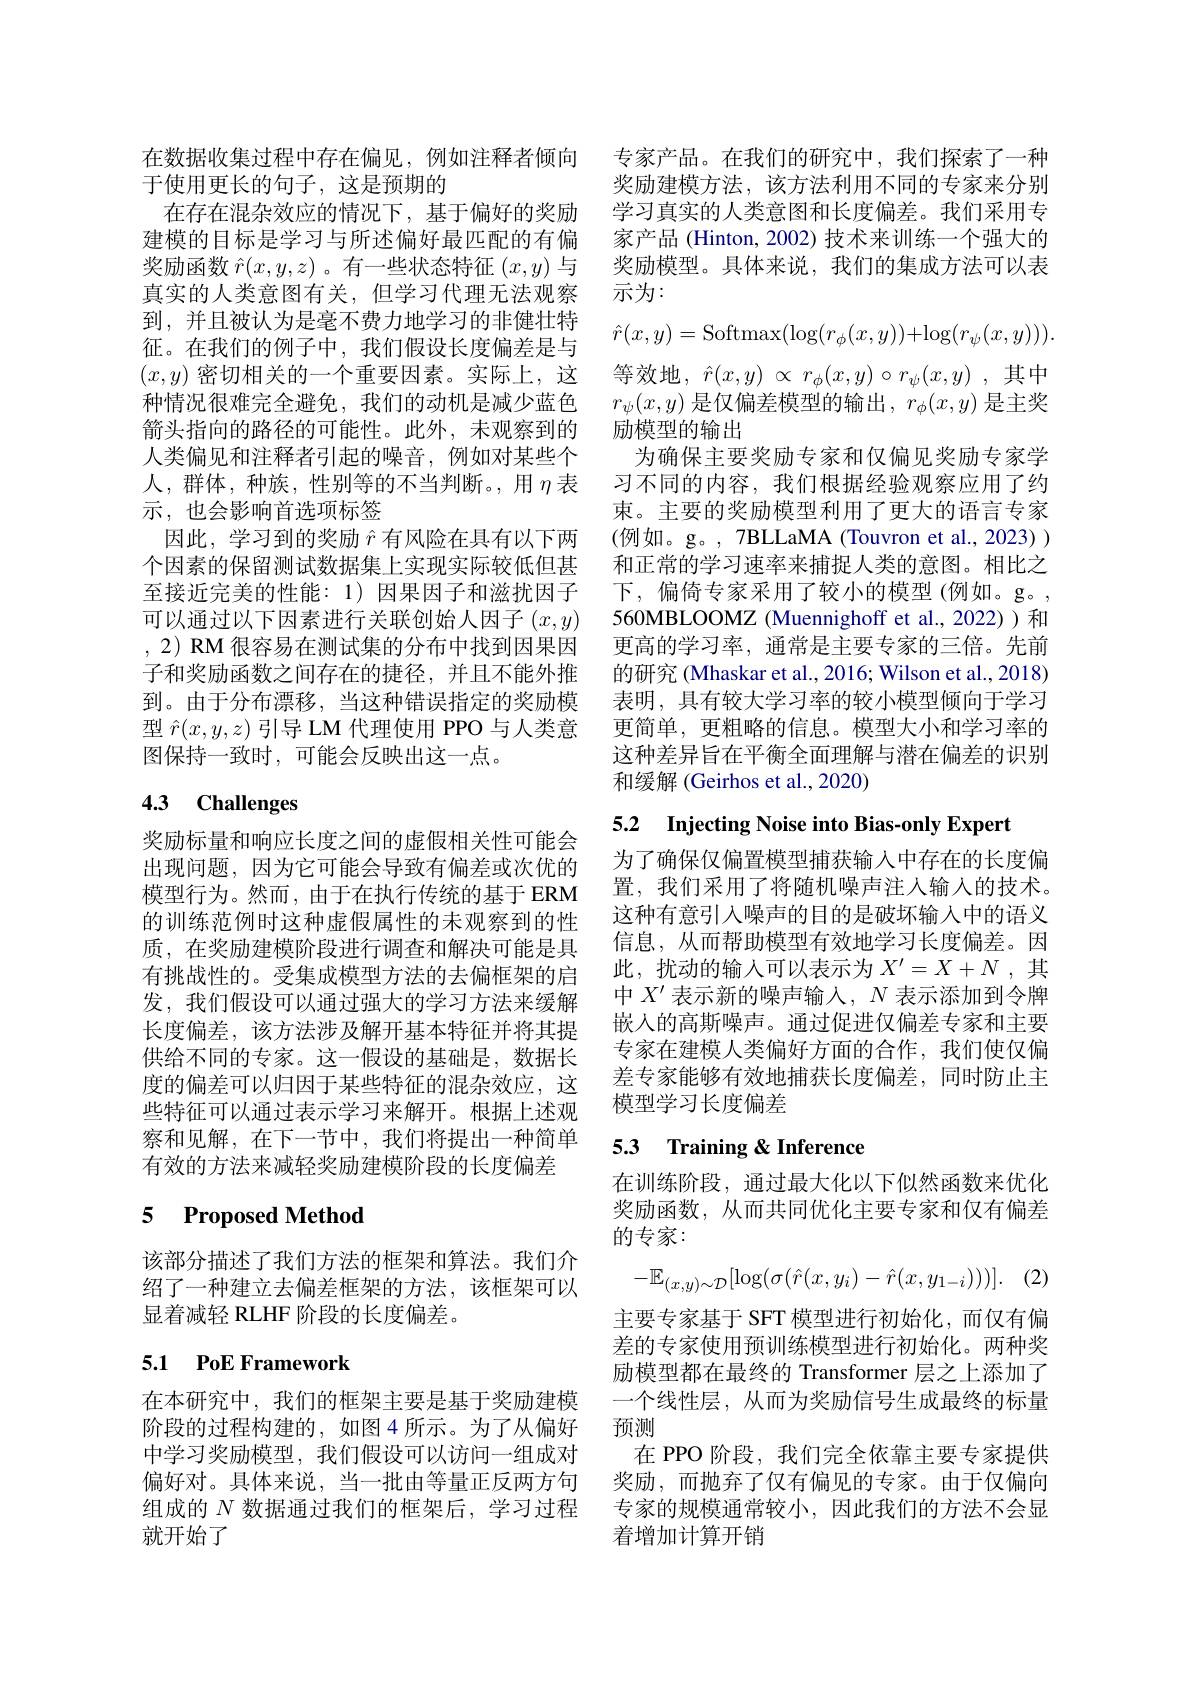
在数据收集过程中存在偏见，例如注释者倾向
于使用更长的句子，这是预期的
在存在混杂效应的情况下，基于偏好的奖励建模的目标是学习与所述偏好最匹配的有偏奖励函数$\hat{r}(x,y,z)$ 。有一些状态特征$(x,y)$与真实的人类意图有关，但学习代理无法观察到，并且被认为是毫不费力地学习的非健壮特征。在我们的例子中，我们假设长度偏差是与$(x,y)$密切相关的一个重要因素。实际上，这种情况很难完全避免，我们的动机是减少蓝色箭头指向的路径的可能性。此外，未观察到的人类偏见和注释者引起的噪音，例如对某些个人，群体，种族，性别等的不当判断。,用$\eta$表示，也会影响首选项标签
因此，学习到的奖励$\hat{r}$有风险在具有以下两个因素的保留测试数据集上实现实际较低但甚至接近完美的性能：1) 因果因子和滋扰因子可以通过以下因素进行关联创始人因子$(x,y)$ ,2) RM 很容易在测试集的分布中找到因果因子和奖励函数之间存在的捷径，并且不能外推到。由于分布漂移，当这种错误指定的奖励模型$\hat{r}(x,y,z)$引导 LM 代理使用 PPO 与人类意图保持一致时，可能会反映出这一点。

# 4.3 Challenges

奖励标量和响应长度之间的虚假相关性可能会出现问题，因为它可能会导致有偏差或次优的模型行为。然而，由于在执行传统的基于 ERM 的训练范例时这种虚假属性的未观察到的性质，在奖励建模阶段进行调查和解决可能是具有挑战性的。受集成模型方法的去偏框架的启发，我们假设可以通过强大的学习方法来缓解长度偏差，该方法涉及解开基本特征并将其提供给不同的专家。这一假设的基础是，数据长度的偏差可以归因于某些特征的混杂效应，这些特征可以通过表示学习来解开。根据上述观察和见解，在下一节中，我们将提出一种简单有效的方法来减轻奖励建模阶段的长度偏差

# 5 Proposed Method

该部分描述了我们方法的框架和算法。我们介绍了一种建立去偏差框架的方法，该框架可以显着减轻 RLHF 阶段的长度偏差。

## 5.1 PoE Framework

在本研究中，我们的框架主要是基于奖励建模阶段的过程构建的，如图 4 所示。为了从偏好中学习奖励模型，我们假设可以访问一组成对组成的$N$数据通过我们的框架后，学习过程就开始了

专家产品。在我们的研究中，我们探索了一种奖励建模方法，该方法利用不同的专家来分别学习真实的人类意图和长度偏差。我们采用专家产品 (Hinton, 2002) 技术来训练一个强大的奖励模型。具体来说，我们的集成方法可以表示为：
$$\hat{r}(x,y)=\mathrm{Softmax}(\log(r_{\phi}(x,y))+\log(r_{\psi}(x,y))).$$
等效地，$\hat{r}(x,y)\propto r_\phi(x,y)\circ r_\psi(x,y)$ ,其中$r_\psi(x,y)$是仅偏差模型的输出，$r_\phi(x,y)$是主奖励模型的输出
为确保主要奖励专家和仅偏见奖励专家学习不同的内容，我们根据经验观察应用了约束。主要的奖励模型利用了更大的语言专家(例如。g。, 7BLLaMA (Touvron et al., 2023) ) 和正常的学习速率来捕捉人类的意图。相比之下，偏倚专家采用了较小的模型(例如。g。, 560MBLOOMZ (Muennighoff et al.,2022))和更高的学习率，通常是主要专家的三倍。先前的研究 (Mhaskar et al., 2016; Wilson et al., 2018) 表明，具有较大学习率的较小模型倾向于学习更简单，更粗略的信息。模型大小和学习率的这种差异旨在平衡全面理解与潜在偏差的识别和缓解 (Geirhos et al., 2020)

5.2 Injecting Noise into Bias-only Expert

为了确保仅偏置模型捕获输入中存在的长度偏置，我们采用了将随机噪声注人输入的技术。这种有意引入噪声的目的是破坏输入中的语义信息，从而帮助模型有效地学习长度偏差。因此，扰动的输人可以表示为$X^\prime=X+N$ ,其中$X^{\prime}$表示新的噪声输入，$N$表示添加到令牌嵌入的高斯噪声。通过促进仅偏差专家和主要专家在建模人类偏好方面的合作，我们使仅偏差专家能够有效地捕获长度偏差，同时防止主模型学习长度偏差

## 5.3 Training & Inference

在训练阶段，通过最大化以下似然函数来优化奖励函数，从而共同优化主要专家和仅有偏差的专家：
$$-\mathbb{E}_{(x,y)\sim\mathcal{D}}[\log(\sigma(\hat{r}(x,y_i)-\hat{r}(x,y_{1-i})))].$$
主要专家基于 SFT 模型进行初始化，而仅有偏差的专家使用预训练模型进行初始化。两种奖励模型都在最终的 Transformer 层之上添加了一个线性层，从而为奖励信号生成最终的标量预测
在 PPO 阶段，我们完全依靠主要专家提供
偏好对。具体来说，当一批由等量正反两方句 奖励，而抛弃了仅有偏见的专家。由于仅偏向
专家的规模通常较小，因此我们的方法不会显
着增加计算开销